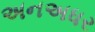
અનઅધર